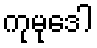
ကုမုဒေါ